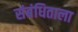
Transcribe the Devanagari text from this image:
संबंधिताला